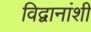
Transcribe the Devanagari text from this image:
विद्वानांशी